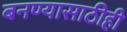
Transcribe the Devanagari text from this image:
बनण्यासाठीही